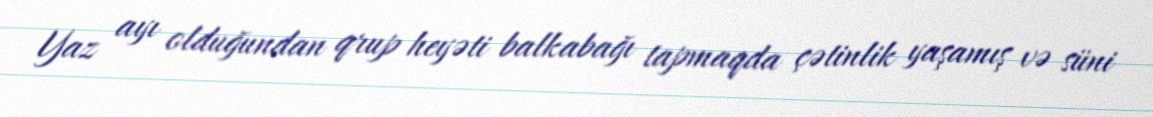
Yaz ayı olduğundan qrup heyəti balkabağı tapmaqda çətinlik yaşamış və süni